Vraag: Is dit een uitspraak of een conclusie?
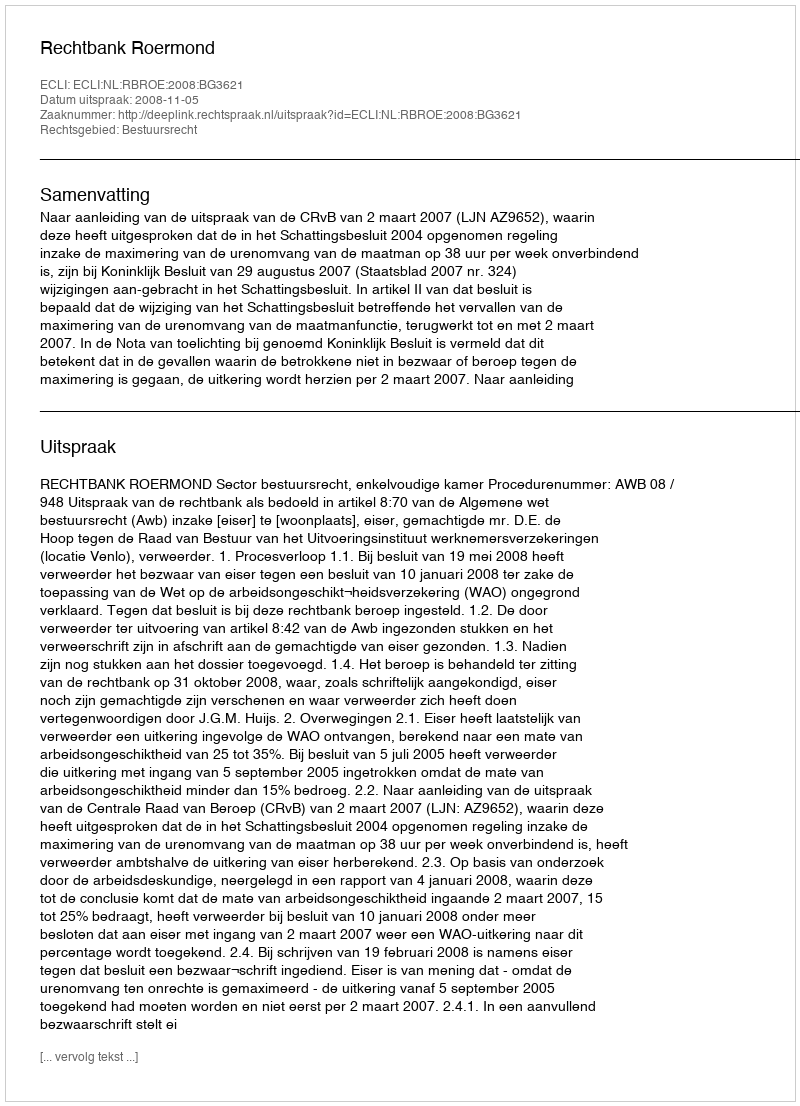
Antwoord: Uitspraak